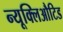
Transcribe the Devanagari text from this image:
न्यूक्लिऔटिड